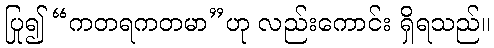
ပြု၍ “ကတရကတမာ”ဟု လည်းကောင်း ရှိရသည်။